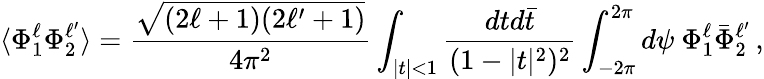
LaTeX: \langle\Phi_{1}^{\ell}\Phi_{2}^{\ell^{\prime}}\rangle=\frac{\sqrt{(2\ell+1)(2\ell^{\prime}+1)}}{4\pi^{2}}\int_{|t|<1}\frac{dtd\bar{t}}{(1-|t|^{2})^{2}}\int_{-2\pi}^{2\pi}d\psi\ \Phi_{1}^{\ell}\bar{\Phi}_{2}^{\ell^{\prime}}\, ,